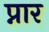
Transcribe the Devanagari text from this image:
प्नार